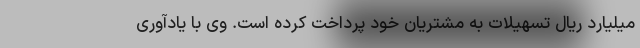
میلیارد ریال تسهیلات به مشتریان خود پرداخت کرده است. وی با یادآوری